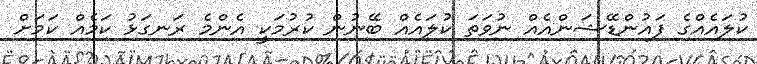
ކުލައެއްގެ ފައުންޑޭޝަންއެއް ނުވަތަ ކުލައެއް ބޭނުން ކުރުމަކީ އެންމެ ރަނގަޅު ކަމެއް ކަމަށް